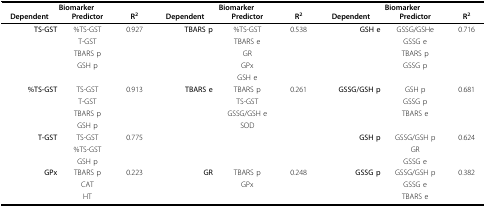
<table><thead><tr><td colspan="3"><b>Biomarker</b></td><td colspan="3"><b>Biomarker</b></td><td colspan="3"><b>Biomarker</b></td></tr><tr><td><b>Dependent</b></td><td><b>Predictor</b></td><td><b>R<sup>2</sup></b></td><td><b>Dependent</b></td><td><b>Predictor</b></td><td><b>R<sup>2</sup></b></td><td><b>Dependent</b></td><td><b>Predictor</b></td><td><b>R<sup>2</sup></b></td></tr></thead><tbody><tr><td><b>TS-GST</b></td><td>%TS-GST</td><td>0.927</td><td><b>TBARS p</b></td><td>%TS-GST</td><td>0.538</td><td><b>GSH e</b></td><td>GSSG/GSHe</td><td>0.716</td></tr><tr><td></td><td>T-GST</td><td></td><td></td><td>TBARS e</td><td></td><td></td><td>GSSG e</td><td></td></tr><tr><td></td><td>TBARS p</td><td></td><td></td><td>GR</td><td></td><td></td><td>TBARS p</td><td></td></tr><tr><td></td><td>GSH p</td><td></td><td></td><td>GPx</td><td></td><td></td><td>GSSG p</td><td></td></tr><tr><td></td><td></td><td></td><td></td><td>GSH e</td><td></td><td></td><td></td><td></td></tr><tr><td><b>%TS-GST</b></td><td>TS-GST</td><td>0.913</td><td><b>TBARS e</b></td><td>TBARS p</td><td>0.261</td><td><b>GSSG/GSH p</b></td><td>GSH p</td><td>0.681</td></tr><tr><td></td><td>T-GST</td><td></td><td></td><td>TS-GST</td><td></td><td></td><td>GSSG p</td><td></td></tr><tr><td></td><td>TBARS p</td><td></td><td></td><td>GSSG/GSH e</td><td></td><td></td><td>TBARS e</td><td></td></tr><tr><td></td><td>GSH p</td><td></td><td></td><td>SOD</td><td></td><td></td><td></td><td></td></tr><tr><td><b>T-GST</b></td><td>TS-GST</td><td>0.775</td><td></td><td></td><td></td><td><b>GSH p</b></td><td>GSSG/GSH p</td><td>0.624</td></tr><tr><td></td><td>%TS-GST</td><td></td><td></td><td></td><td></td><td></td><td>GR</td><td></td></tr><tr><td></td><td>GSH p</td><td></td><td></td><td></td><td></td><td></td><td>GSSG e</td><td></td></tr><tr><td><b>GPx</b></td><td>TBARS p</td><td>0.223</td><td><b>GR</b></td><td>TBARS p</td><td>0.248</td><td><b>GSSG p</b></td><td>GSSG/GSH p</td><td>0.382</td></tr><tr><td></td><td>CAT</td><td></td><td></td><td>GPx</td><td></td><td></td><td>GSSG e</td><td></td></tr><tr><td></td><td>HT</td><td></td><td></td><td></td><td></td><td></td><td>TBARS e</td><td></td></tr></tbody></table>